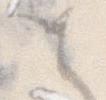
と